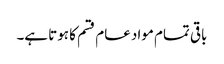
باقی تمام مواد عام قسم کا ہوتا ہے۔